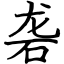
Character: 砻